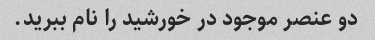
دو عنصر موجود در خورشید را نام ببرید.